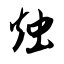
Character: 烛